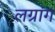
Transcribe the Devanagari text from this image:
लग्रांग